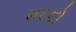
મદદો